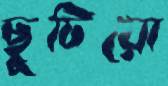
ছুটিয়ো